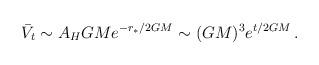
LaTeX: \begin{align*} \bar V_t\sim A_H GMe^{- r_*/2GM}\sim(GM)^3 e^{t/2GM}\,.\end{align*}